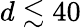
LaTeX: d\lesssim 40